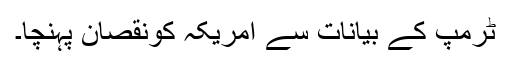
ٹرمپ کے بیانات سے امریکہ کونقصان پہنچا۔